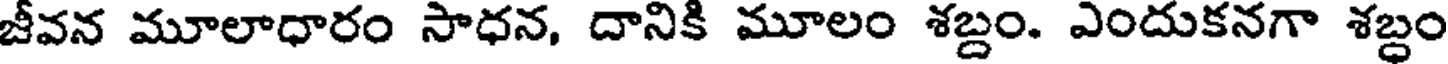
జీవన మూలాధారం సాధన, దానికి మూలం శబ్దం. ఎందుకనగా శబ్దం